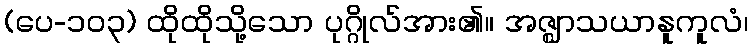
(ပေ-၁၀၃) ထိုထိုသို့သော ပုဂ္ဂိုလ်အား၏။ အဇ္ဈာသယာနူကူလံ၊